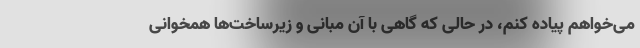
می‌خواهم پیاده کنم، در حالی که گاهی با آن مبانی و زیرساخت‌ها همخوانی